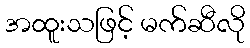
အထူးသဖြင့် မက်ဆီလို